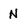
Character: N